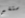
ستغير